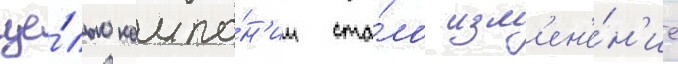
це́лью компа́н'ии ста́ло изм'ен'е́н'ие